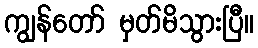
ကျွန်တော် မှတ်မိသွားပြီ။